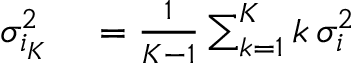
\begin{array} { r l } { \sigma _ { i _ { K } } ^ { 2 } } & { { } = \frac { 1 } { K - 1 } \sum _ { k = 1 } ^ { K } k \, \sigma _ { i } ^ { 2 } } \end{array}